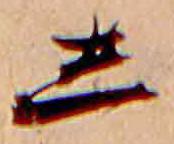
し